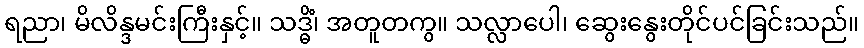
ရညာ၊ မိလိန္ဒမင်းကြီးနှင့်။ သဒ္ဓိံ၊ အတူတကွ။ သလ္လာပေါ၊ ဆွေးနွေးတိုင်ပင်ခြင်းသည်။